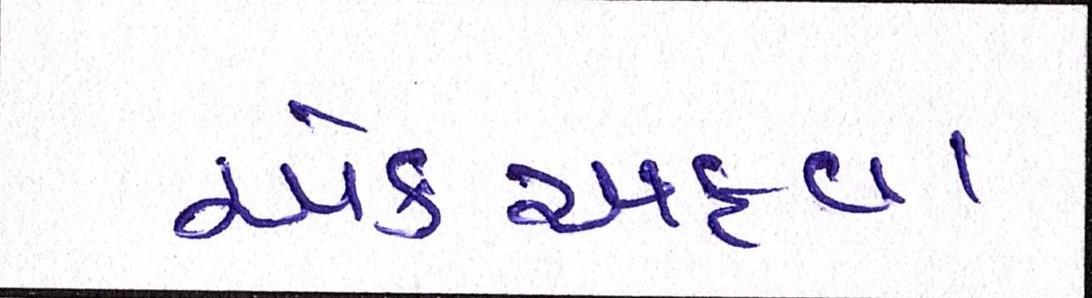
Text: એકઅફવા